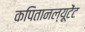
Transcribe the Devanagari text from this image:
कपितानल्यूटेंट